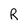
Character: R